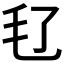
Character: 𣬝